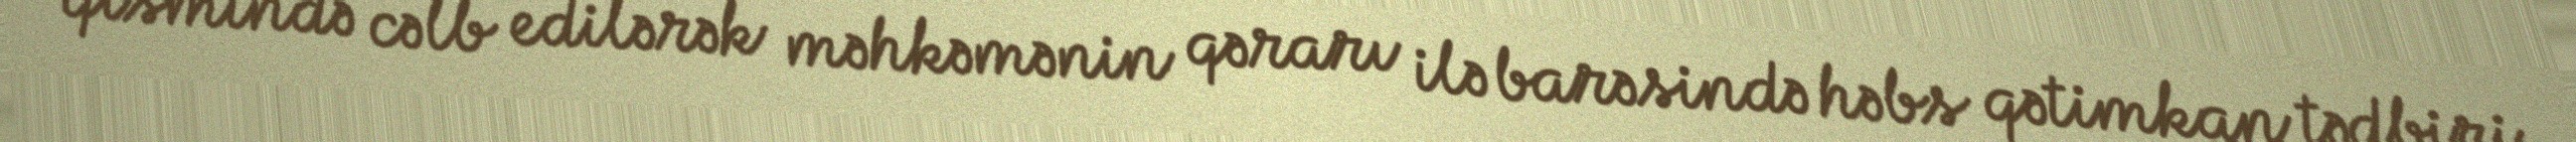
qismində cəlb edilərək məhkəmənin qərarı ilə barəsində həbs qətimkan tədbiri